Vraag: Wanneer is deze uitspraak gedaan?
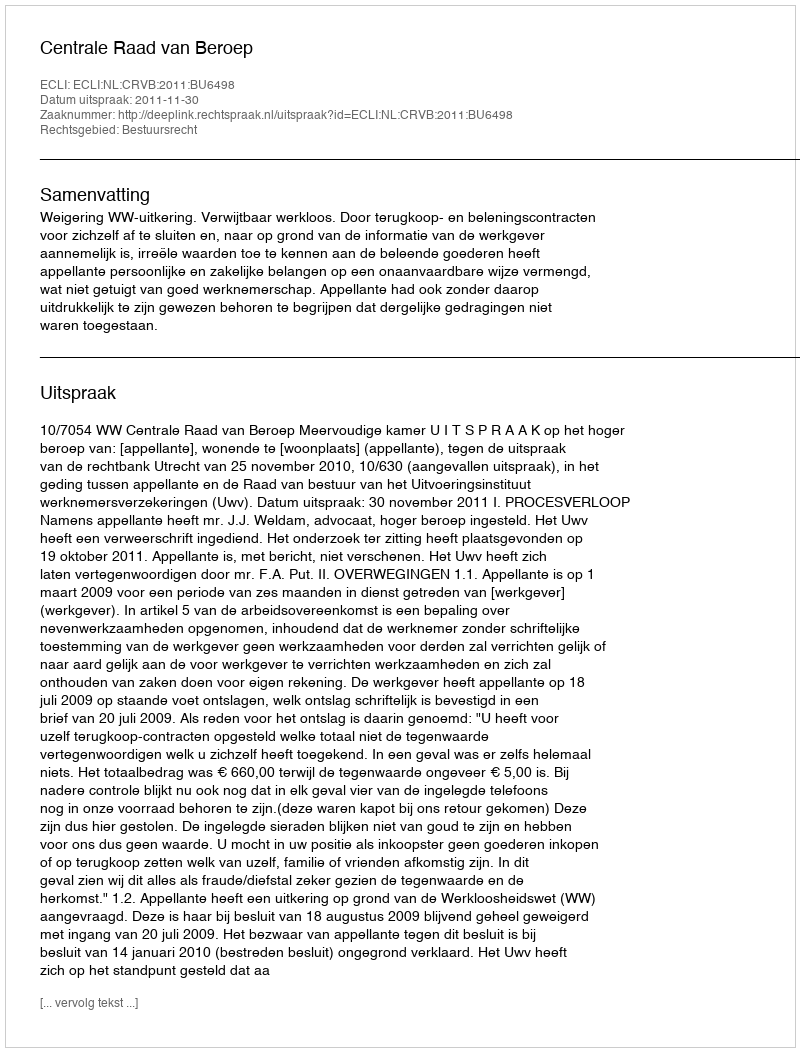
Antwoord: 2011-11-30